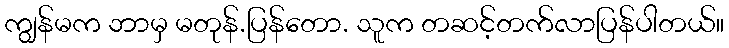
ကျွန်မက ဘာမှ မတုန်.ပြန်တော. သူက တဆင့်တက်လာပြန်ပါတယ်။